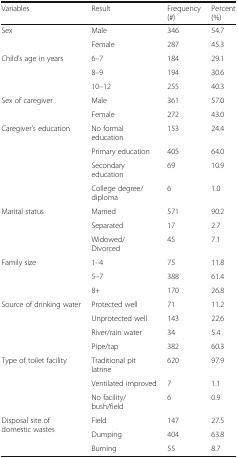
| Variables | Result | Frequency (#) | Percent (%) |
 | --- | --- | --- | --- |
 | <ROWSPAN=2> Sex | Male | 346 | 54.7 |
 | Female | 287 | 45.3 |
 | <ROWSPAN=3> Child’s age in years | 6–7 | 184 | 29.1 |
 | 8–9 | 194 | 30.6 |
 | 10–12 | 255 | 40.3 |
 | <ROWSPAN=2> Sex of caregiver | Male | 361 | 57.0 |
 | Female | 272 | 43.0 |
 | <ROWSPAN=4> Caregiver’s education | No formal education | 153 | 24.4 |
 | Primary education | 405 | 64.0 |
 | Secondary education | 69 | 10.9 |
 | College degree/diploma | 6 | 1.0 |
 | <ROWSPAN=3> Marital status | Married | 571 | 90.2 |
 | Separated | 17 | 2.7 |
 | Widowed/Divorced | 45 | 7.1 |
 | <ROWSPAN=3> Family size | 1–4 | 75 | 11.8 |
 | 5–7 | 388 | 61.4 |
 | 8+ | 170 | 26.8 |
 | <ROWSPAN=4> Source of drinking water | Protected well | 71 | 11.2 |
 | Unprotected well | 143 | 22.6 |
 | River/rain water | 34 | 5.4 |
 | Pipe/tap | 382 | 60.3 |
 | <ROWSPAN=3> Type of toilet facility | Traditional pit latrine | 620 | 97.9 |
 | Ventilated improved | 7 | 1.1 |
 | No facility/bush/field | 6 | 0.9 |
 | <ROWSPAN=3> Disposal site of domestic wastes | Field | 147 | 27.5 |
 | Dumping | 404 | 63.8 |
 | Burning | 55 | 8.7 |